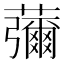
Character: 䕳